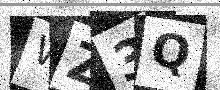
Text: WZ3Q